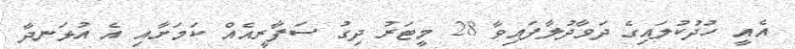
އެއީ ހުދުކުލައިގެ ދަވާދުލާފައިވާ 28 މީޓަރު ދިގު ސަފާރީއެއް ކަމަށާއި އެ އުޅަނދާ